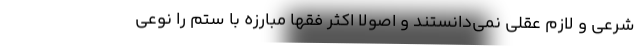
شرعی و لازم عقلی نمی‌دانستند و اصولا اکثر فقها مبارزه با ستم را نوعی